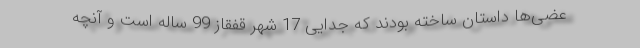
عضی‌ها داستان ساخته بودند که جدایی 17 شهر قفقاز 99 ساله است و آنچه